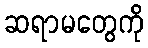
ဆရာမတွေကို